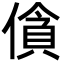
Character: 僋